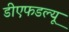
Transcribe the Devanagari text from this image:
डीएफडल्‍यू